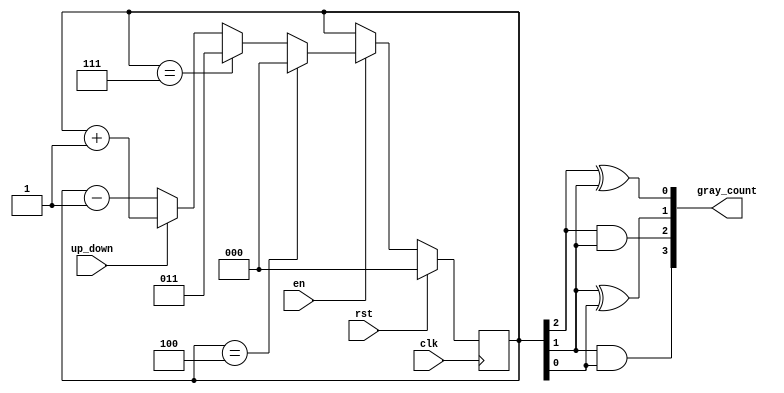
module gray_counter (
    input wire clk,
    input wire rst,
    input wire en,
    input wire up_down,
    output reg [3:0] gray_count
);

reg [2:0] temp;

always @ (posedge clk) begin
    if (rst) begin
        temp <= 3'b000;
    end else begin
        if (en) begin
            if (up_down) begin // Increment
                temp <= temp + 1;
            end else begin // Decrement
                temp <= temp - 1;
            end

            if (temp == 3'b100) begin // Maximum value
                temp <= 3'b000;
            end else if (temp == 3'b111) begin // Minimum value
                temp <= 3'b011;
            end
        end
    end
end

assign gray_count[0] = temp[2] ^ temp[1];
assign gray_count[1] = temp[1] ^ temp[0];
assign gray_count[2] = temp[2] & temp[1];
assign gray_count[3] = temp[1] & temp[0];

endmodule